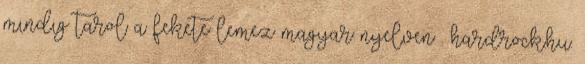
mindig tarol a fekete lemez magyar nyelven . hardrock.hu.